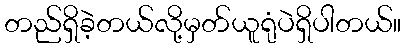
တည်ရှိခဲ့တယ်လို့မှတ်ယူရုံပဲရှိပါတယ်။